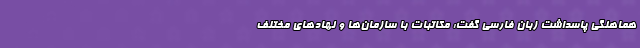
هماهنگی پاسداشت زبان فارسی گفت: مکاتبات با سازمان‌ها و نهادهای مختلف